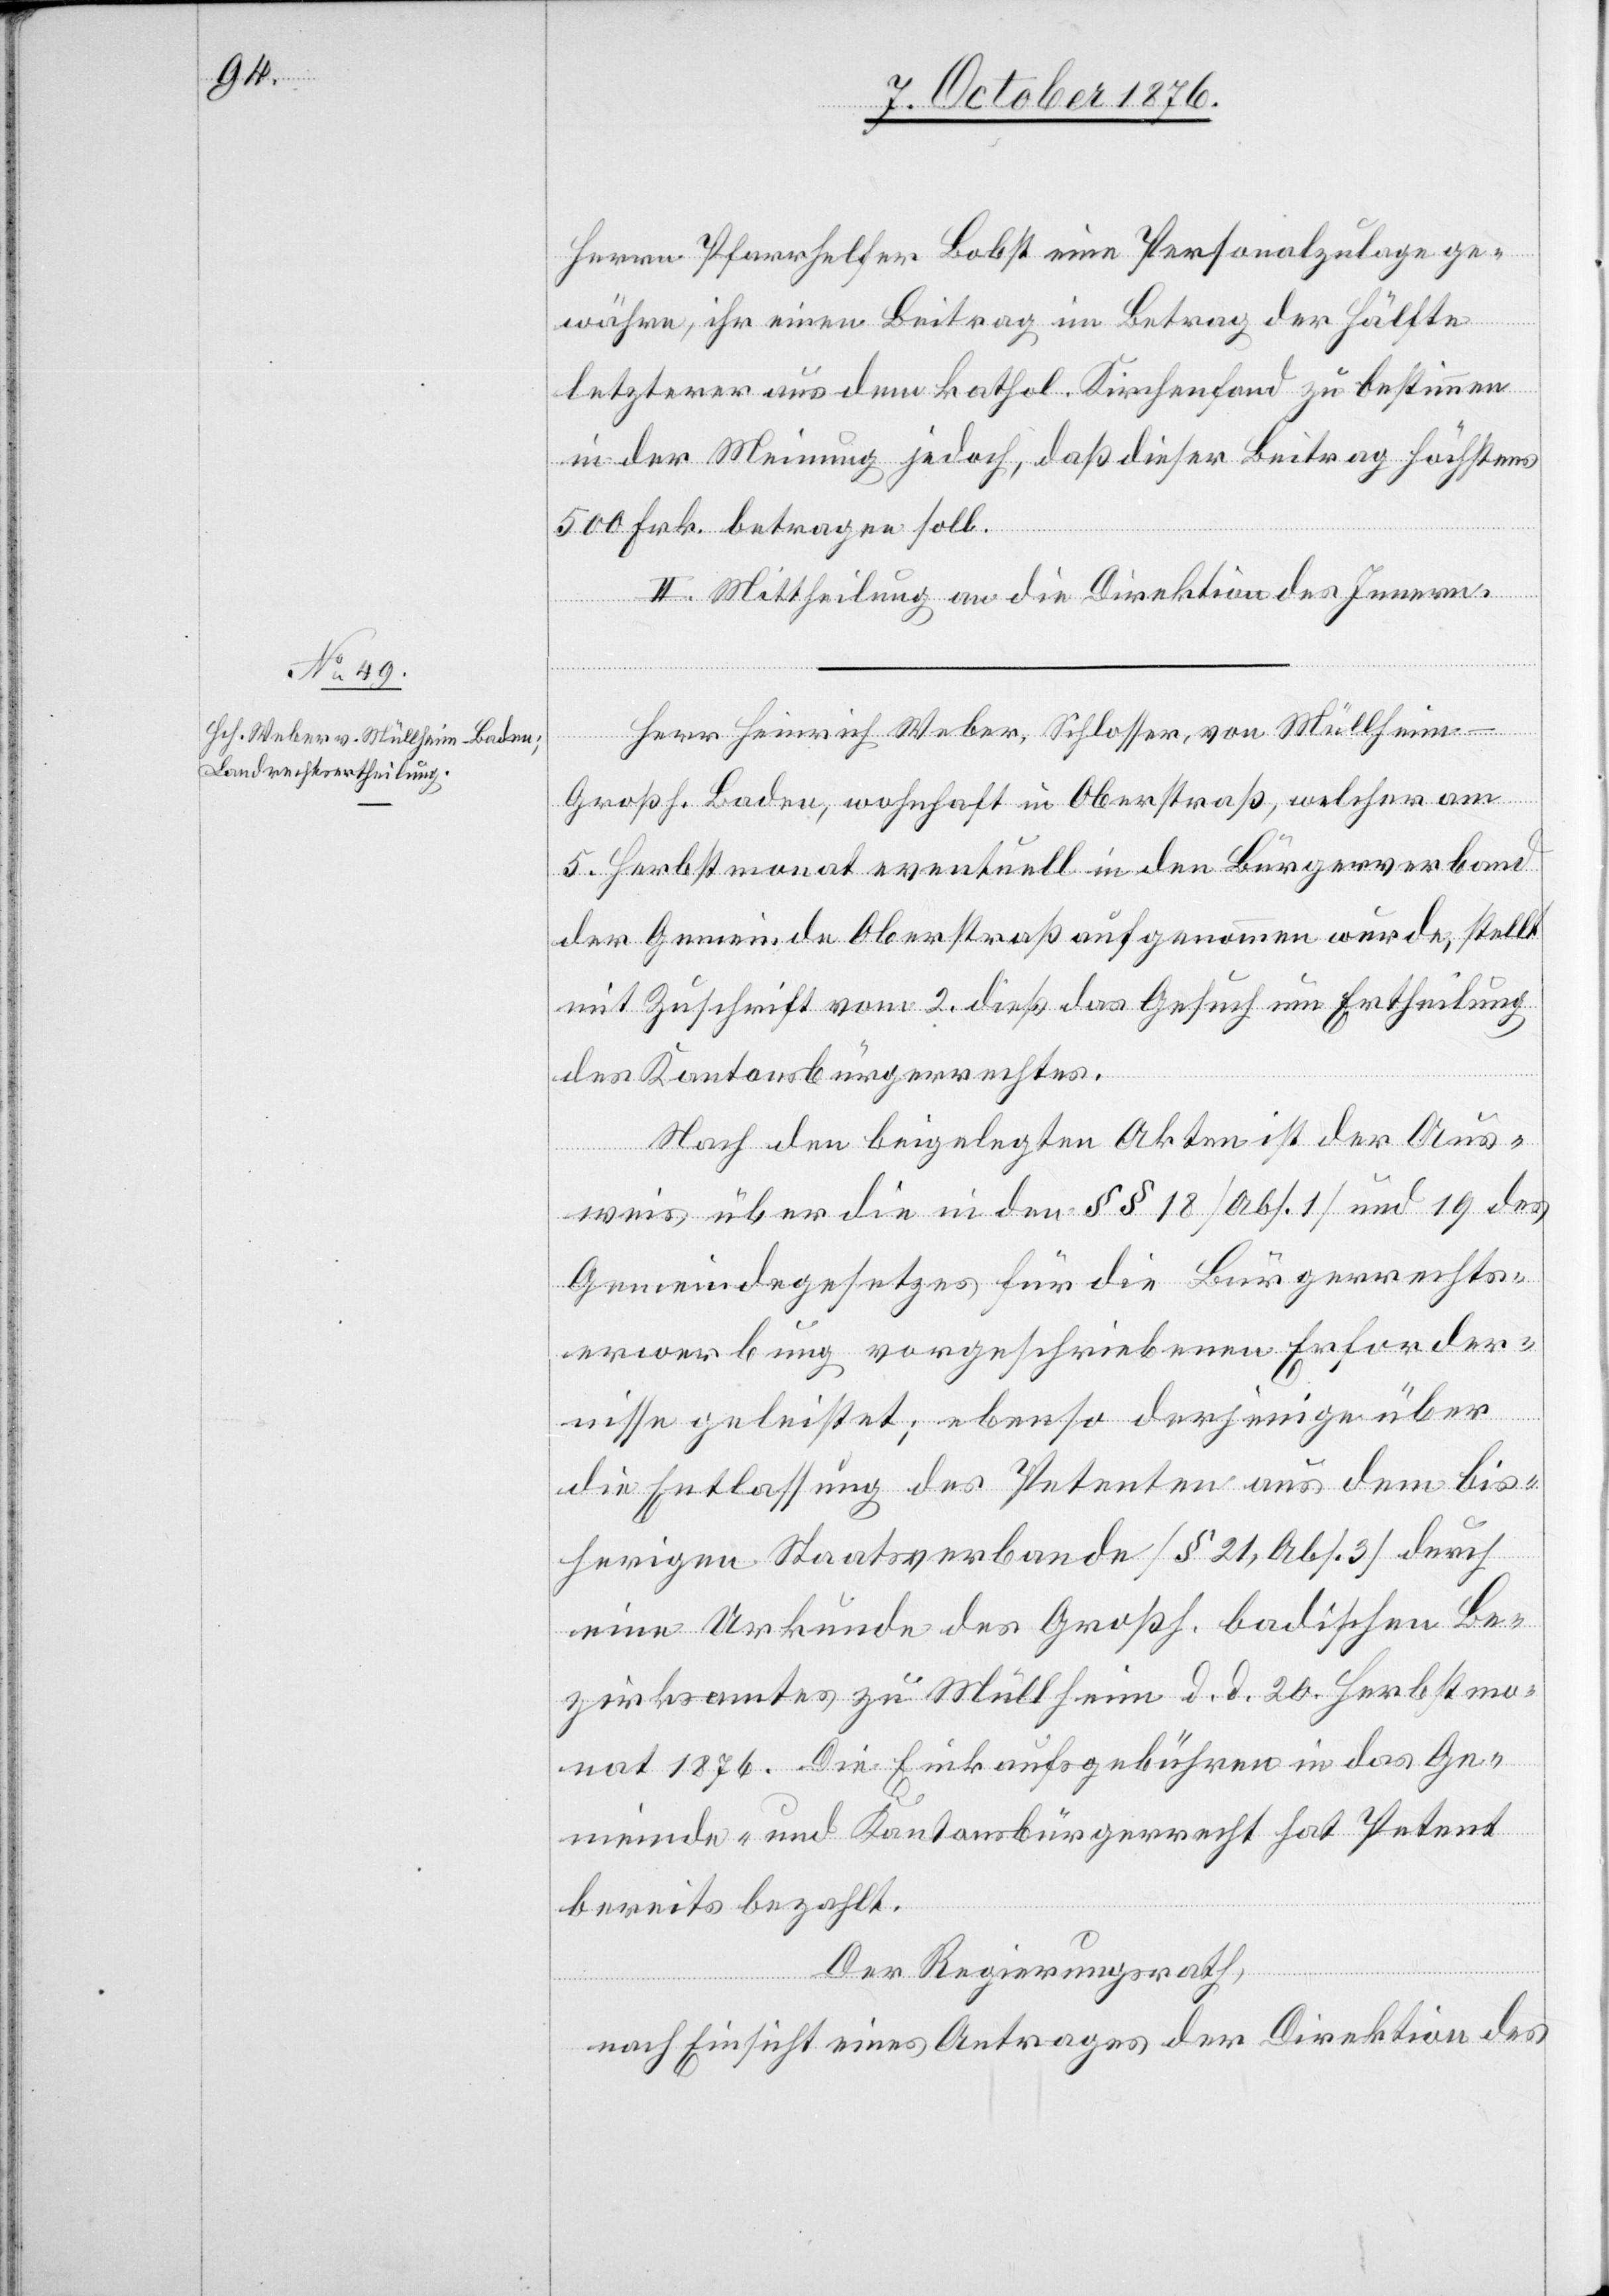
Herr Heinrich Weber, Schlosser, von Müllheim
Großh. Baden, wohnhaft in Oberstraß, welcher am
5. Herbstmonat eventuell in den Bürgerverband
der Gemeinde Oberstraß aufgenommen wurde, stellt
mit Zuschrift vom 2. dieß das Gesuch um Ertheilung
des Kantonsbürgerrechtes.
Nach den beigelegten Akten ist der Aus¬
weis über die in den §§ 18 [Abs. 1] und 19 des
Gemeindegesetzes für die Bürgerrechts¬
erwerbung vorgeschriebenen Erforder¬
nisse geleistet; ebenso derjenige über
die Entlassung des Petenten aus dem bis¬
herigen Staatsverbande [§ 21, Abs. 3] durch
eine Urkunde des Großh. badischen Be¬
zirksamtes zu Müllheim d. d. 20. Herbstmo¬
nat 1876. Die Einkaufsgebühren in das Ge¬
meinde- und Kantonsbürgerrecht hat Petent
bereits bezahlt.
Der Regierungsrath,
nach Einsicht eines Antrages der Direktion des